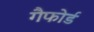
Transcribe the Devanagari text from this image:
गैफोर्ड